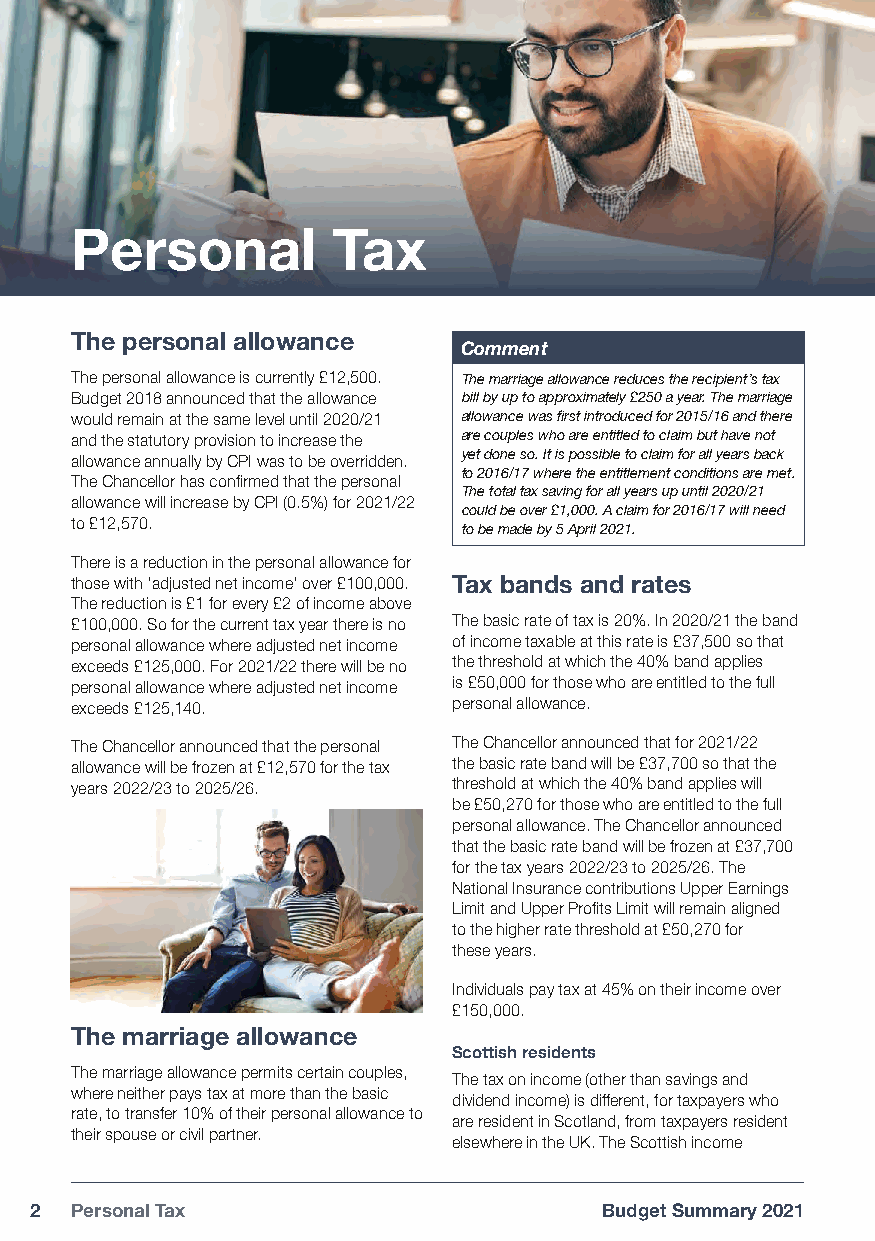
Personal         Tax
 The personal allowance
 Comment
 The personal allowance is currently £12,500. The marriage allowance reduces the recipient’s tax
 Budget 2018 announced that the allowance bill by up to approximately £250 a year. The marriage
 would remain at the same level until 2020/21 allowance was first introduced for 2015/16 and there
 and the statutory provision to increase the are couples who are entitled to claim but have not
 allowance annually by CPI was to be overridden. yet done so. It is possible to claim for all years back
 to 2016/17 where the entitlement conditions are met.
 The Chancellor has confirmed that the personal
 The total tax saving for all years up until 2020/21
 allowance will increase by CPI (0.5%) for 2021/22
 could be over £1,000. A claim for 2016/17 will need
 to £12,570.
 to be made by 5 April 2021.
 There is a reduction in the personal allowance for
 those with ‘adjusted net income’ over £100,000. Tax bands and rates
 The reduction is £1 for every £2 of income above
 £100,000. So for the current tax year there is no The basic rate of tax is 20%. In 2020/21 the band
 personal allowance where adjusted net income of income taxable at this rate is £37,500 so that
 exceeds £125,000. For 2021/22 there will be no the threshold at which the 40% band applies
 personal allowance where adjusted net income is £50,000 for those who are entitled to the full
 exceeds £125,140.        personal allowance.
 The Chancellor announced that the personal The Chancellor announced that for 2021/22
 allowance will be frozen at £12,570 for the tax the basic rate band will be £37,700 so that the
 years 2022/23 to 2025/26. threshold at which the 40% band applies will
 be £50,270 for those who are entitled to the full
 personal allowance. The Chancellor announced
 that the basic rate band will be frozen at £37,700
 for the tax years 2022/23 to 2025/26. The
 National Insurance contributions Upper Earnings
 Limit and Upper Profits Limit will remain aligned
 to the higher rate threshold at £50,270 for
 these years.
 Individuals pay tax at 45% on their income over
 £150,000.
 The marriage allowance
 Scottish residents
 The marriage allowance permits certain couples,
 The tax on income (other than savings and
 where neither pays tax at more than the basic
 dividend income) is different, for taxpayers who
 rate, to transfer 10% of their personal allowance to
 are resident in Scotland, from taxpayers resident
 their spouse or civil partner.
 elsewhere in the UK. The Scottish income
 2  Personal Tax                       Budget Summary 2021